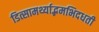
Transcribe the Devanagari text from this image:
डित्सामर्थ्याद्भमभिदधती